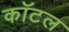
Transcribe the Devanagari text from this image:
कॉटल